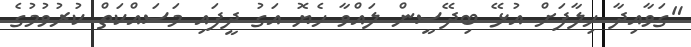
"ގަވާއިދާ ހިލާފަށް އުޅޭ ބިދޭސީން ލައްވާ ހެޔޮ އަގު ދީފައި މަސައްކަތް ކުރުވުމުގެ